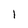
Character: 1